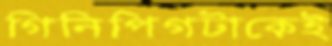
গিনিপিগটাকেই